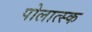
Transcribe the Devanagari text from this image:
पोलात्स्क